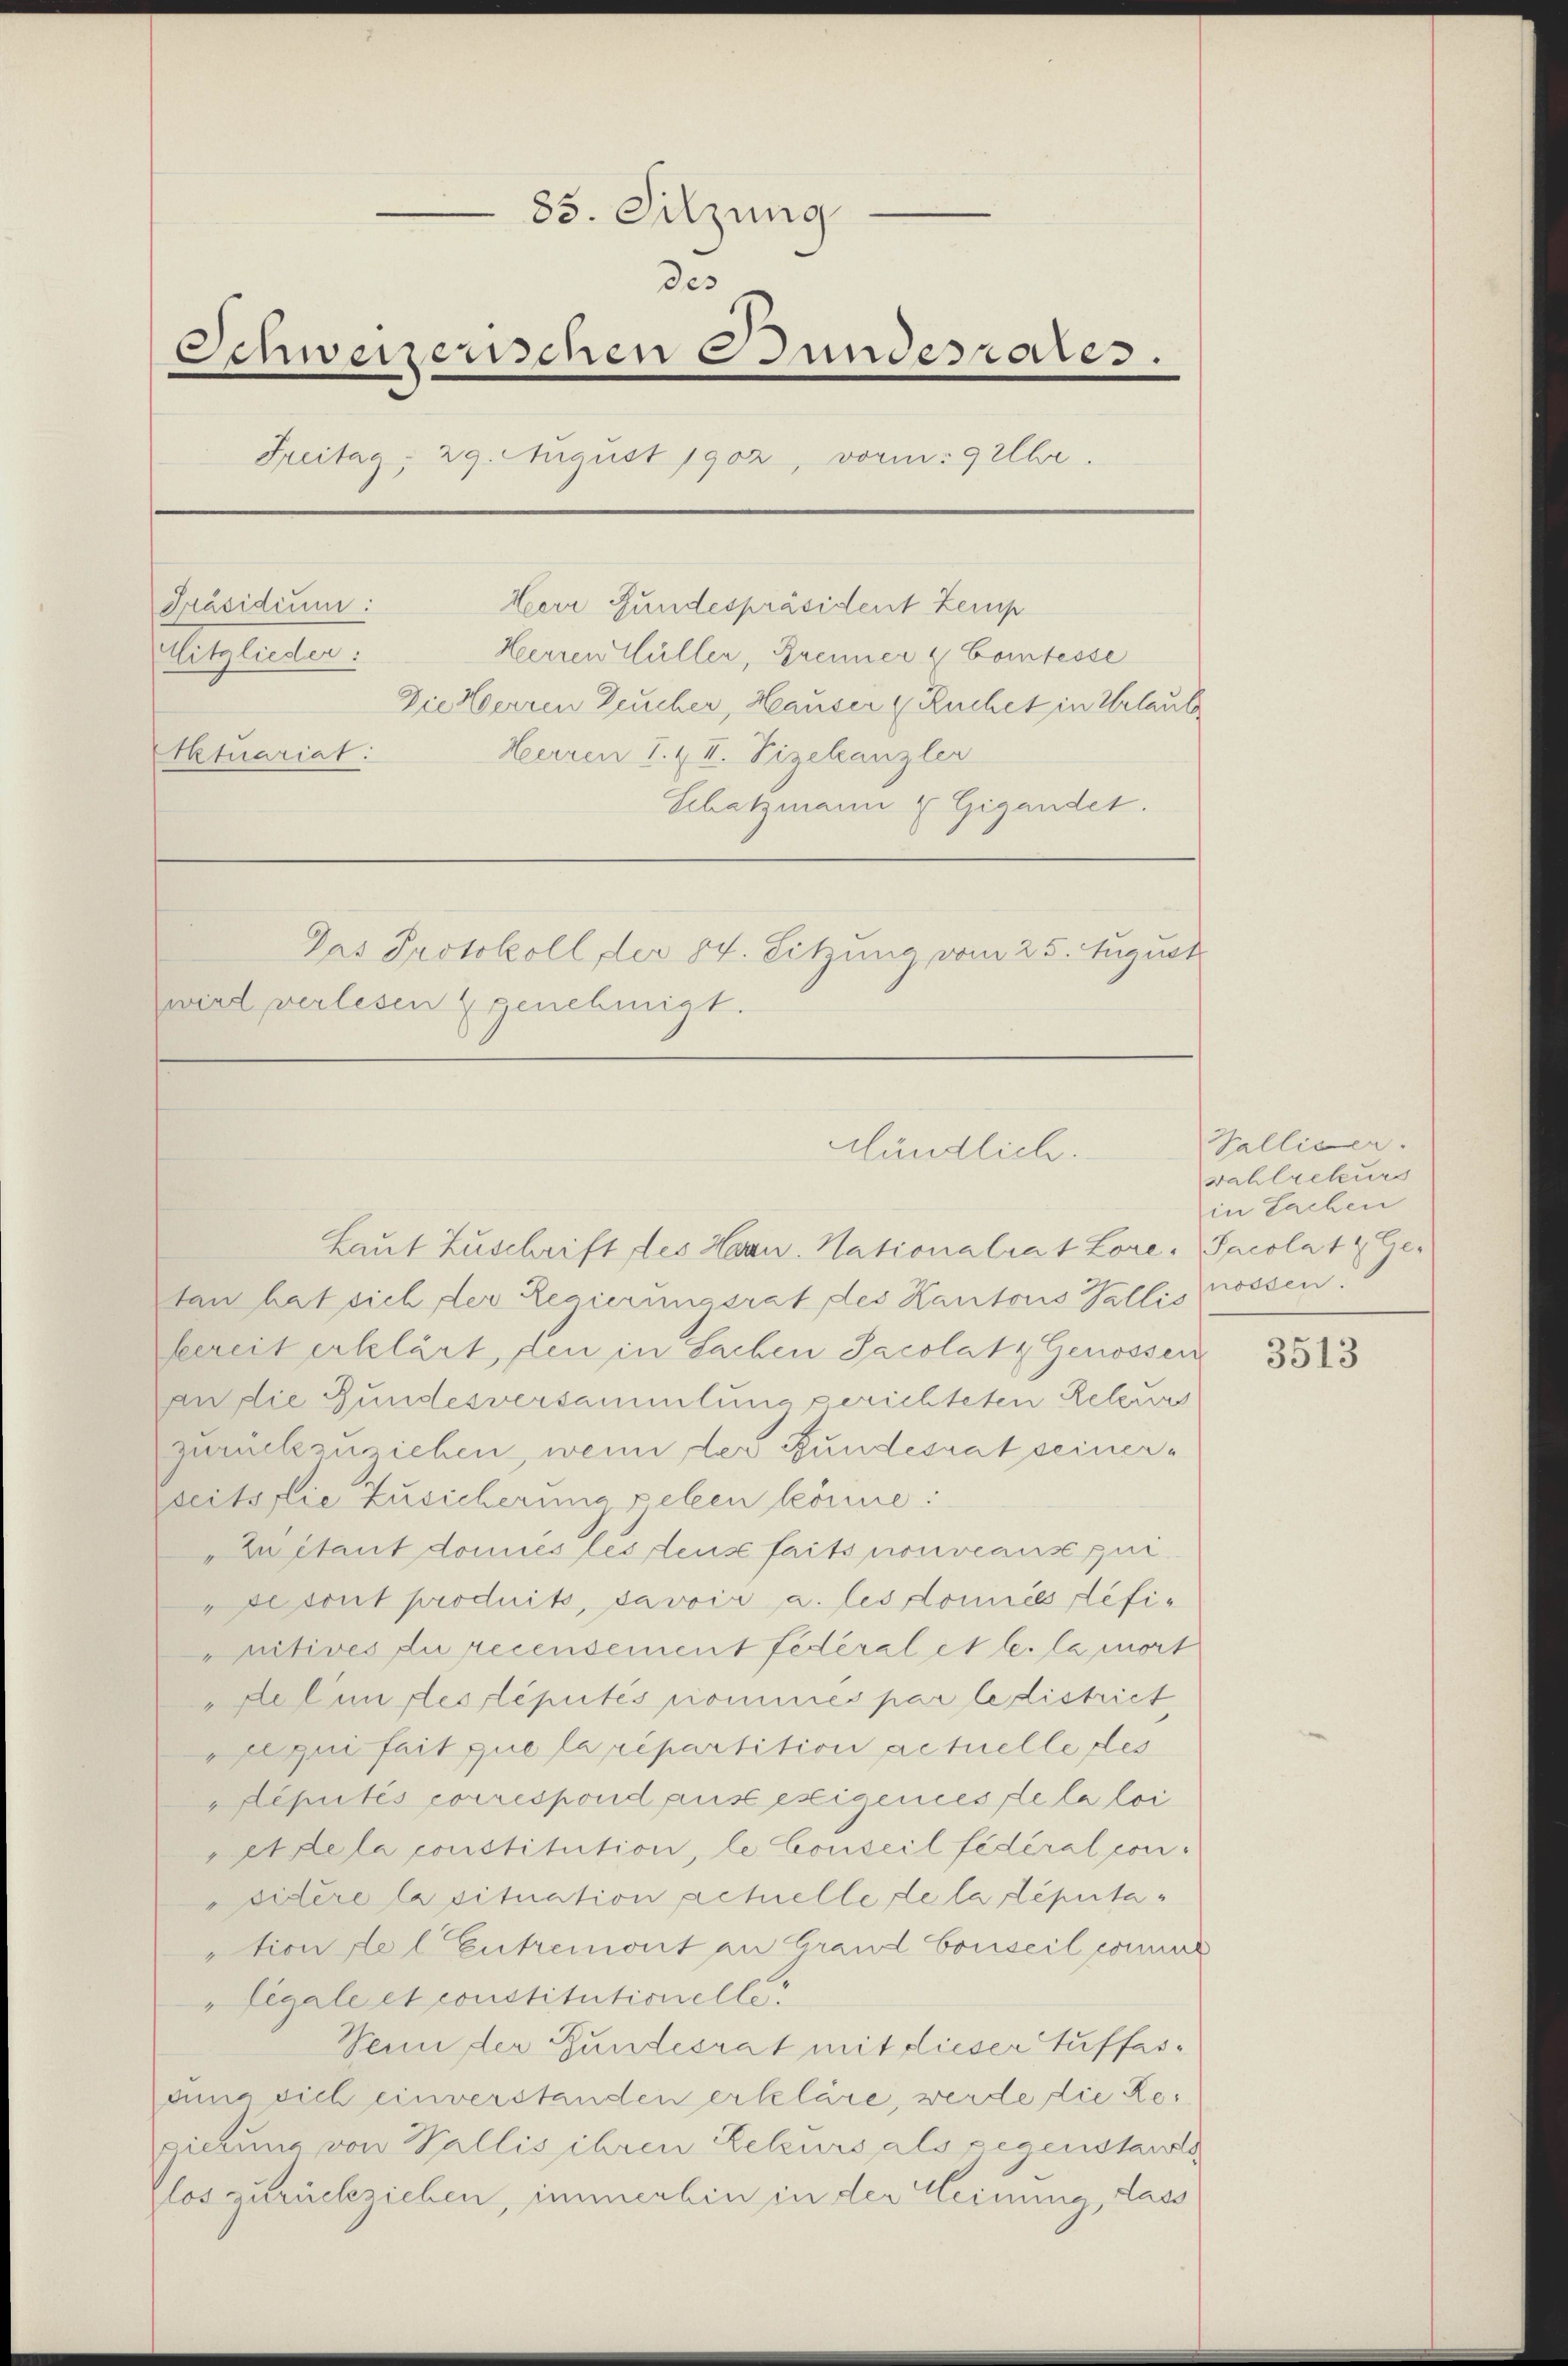
83. Sitzung
des
Schweizerischen Bundesrades.
Freitag, 29. August 1902, vor: Gebr.
Präsidium:
Herr Bundespräsident Zemp
Aitglieder:
Herren Hüller, Brenner & Comtesse
Die Herren Zeucher, Hauser (Ruchet in Urlaub
Herren I. & II. Vizekanzler
Aktuariat
Schatzmann 4 Gigandet.
Das Protokoll der 84. Sitzung vom 25. August
wird verlesen & genehmigt.

Mündlich.

Laut Zuschrift des Hrn. Nationalrat Lore. Pacolat & Getan hat sich der Regierungsrat des Kantons Wallis possen.
beereit erklärt, den in Sachen Jacolat & Genossen
an die Gundesversammlung gerichteten Reteur
zurückzuziehen, wenn der Bundesrat seiner¬
Breitstie Zusicherung geben könne:
"Zustant domies les deuse faits nouveause qui
etout produits, davoir a. les Lomiées definitives du recensement Federal et l. la mort
Aelin stes léputés nomies par le district
qui fait que la répartition actuelle des
Deputés porrespond aus exigences de la loi
ettela constitution, le Conseil fédéral con
sidère la situation schelle de la deputaation de l Entremont an Grand Conseil connirt
"Legale et constitutionelle.
Senn der Gundesrat mit dieser Auffasam sich einverstanden erkläre, werde die Regietung von Wallis ihren Rekurs als gegenstands
flos zurückziehen, immerhin in der Meinung, dass

Valliser.
wahlrekurs
in Sachen

3513